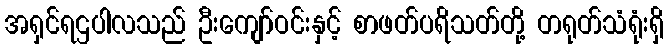
အရှင်ရဌပါလသည် ဦးကျော်ဝင်းနှင့် စာဖတ်ပရိသတ်တို့ တရုတ်သံရုံးရှိ